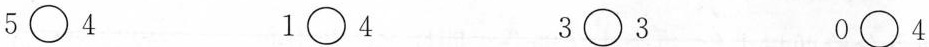
5 \bigcirc 4 1 \bigcirc 4 3 \bigcirc 3 0 \bigcirc 4